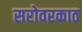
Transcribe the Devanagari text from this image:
सरोवरकाठ